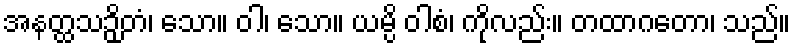
အနတ္ထသဉှိတံ၊ သော။ ဝါ၊ သော။ ယမ္ပိ ဝါစံ၊ ကိုလည်း။ တထာဂတော၊ သည်။